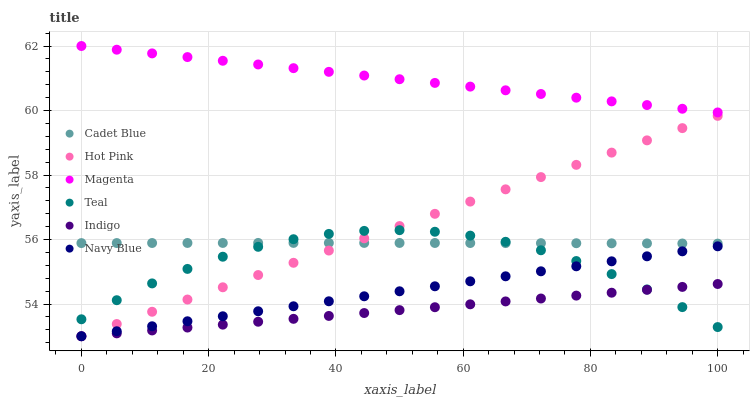
| xaxis_label | Cadet Blue | Hot Pink | Magenta | Teal | Indigo | Navy Blue |
 | --- | --- | --- | --- | --- | --- | --- |
 | 0 | 55.9 | 53 | 62 | 53.5 | 53 | 53 |
 | 5.56 | 55.9 | 53.4 | 61.9 | 54.1 | 53.1 | 53.2 |
 | 11.1 | 55.9 | 53.8 | 61.8 | 54.6 | 53.2 | 53.3 |
 | 16.7 | 55.9 | 54.1 | 61.7 | 55.1 | 53.3 | 53.5 |
 | 22.2 | 55.9 | 54.5 | 61.5 | 55.5 | 53.4 | 53.6 |
 | 27.8 | 55.9 | 54.9 | 61.4 | 55.8 | 53.5 | 53.8 |
 | 33.3 | 55.9 | 55.3 | 61.3 | 56 | 53.5 | 53.9 |
 | 38.9 | 55.9 | 55.7 | 61.2 | 56.2 | 53.6 | 54.1 |
 | 44.4 | 55.9 | 56 | 61.1 | 56.3 | 53.7 | 54.2 |
 | 50 | 55.9 | 56.4 | 61 | 56.3 | 53.8 | 54.4 |
 | 55.6 | 55.9 | 56.8 | 60.9 | 56.2 | 53.9 | 54.5 |
 | 61.1 | 55.9 | 57.2 | 60.7 | 56.1 | 54 | 54.7 |
 | 66.7 | 55.9 | 57.6 | 60.6 | 55.9 | 54.1 | 54.9 |
 | 72.2 | 55.9 | 57.9 | 60.5 | 55.7 | 54.2 | 55 |
 | 77.8 | 55.9 | 58.3 | 60.4 | 55.3 | 54.3 | 55.2 |
 | 83.3 | 55.9 | 58.7 | 60.3 | 54.9 | 54.4 | 55.3 |
 | 88.9 | 55.9 | 59.1 | 60.2 | 54.5 | 54.4 | 55.5 |
 | 94.4 | 55.9 | 59.5 | 60.1 | 53.9 | 54.5 | 55.6 |
 | 100 | 55.9 | 59.8 | 59.9 | 53.3 | 54.6 | 55.8 |